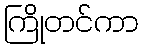
ကြိုတင်ကာ